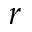
r